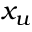
x _ { u }